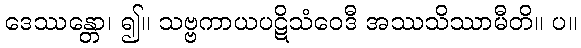
ဒေဿန္တော၊ ၍။ သဗ္ဗကာယပဋိသံဝေဒီ အဿသိဿာမီတိ။ ပ။